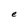
Character: e